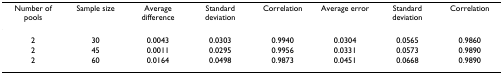
<table><thead><tr><td><b>Number of pools</b></td><td><b>Sample size</b></td><td><b>Average difference</b></td><td><b>Standard deviation</b></td><td><b>Correlation</b></td><td><b>Average error</b></td><td><b>Standard deviation</b></td><td><b>Correlation</b></td></tr></thead><tbody><tr><td>2</td><td>30</td><td>0.0043</td><td>0.0303</td><td>0.9940</td><td>0.0304</td><td>0.0565</td><td>0.9860</td></tr><tr><td>2</td><td>45</td><td>0.0011</td><td>0.0295</td><td>0.9956</td><td>0.0331</td><td>0.0573</td><td>0.9890</td></tr><tr><td>2</td><td>60</td><td>0.0164</td><td>0.0498</td><td>0.9873</td><td>0.0451</td><td>0.0668</td><td>0.9890</td></tr></tbody></table>